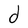
Character: d